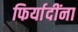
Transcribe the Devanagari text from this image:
फिर्यादींना